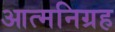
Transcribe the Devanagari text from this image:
आत्मनिग्रह